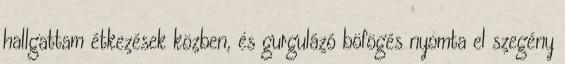
hallgattam étkezések közben, és gurgulázó böfögés nyomta el szegény